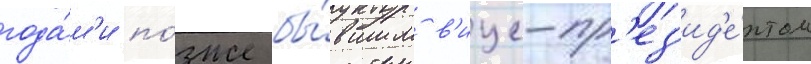
года́м'и по́зже бы́вшим в'ице-пр'ез'ид'е́нтом